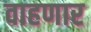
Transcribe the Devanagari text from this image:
वाहणार